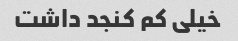
خیلی کم کنجد داشت